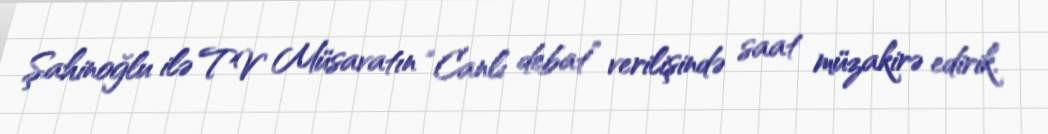
Şahinoğlu ilə TV Müsavatın “Canlı debat” verilişində saat müzakirə edirik.